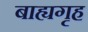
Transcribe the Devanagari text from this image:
बाह्यगृह